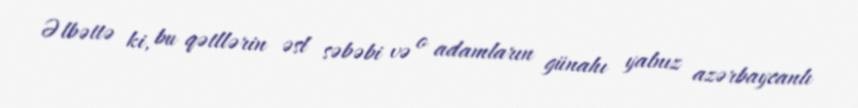
Əlbəttə ki, bu qətllərin əsl səbəbi və o adamların günahı yalnız azərbaycanlı